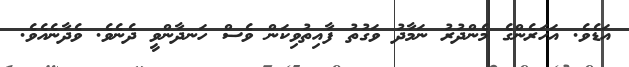
އަޑެވެ. އަހަރެންގެ މެންދުރު ނަމާދު ވަގުތު ފާއިތުވިކަން ވެސް ހަނދާންވީ ދެނެވެ. ވެދާނެއެވެ.